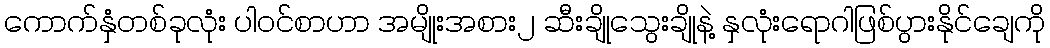
ကောက်နှံတစ်ခုလုံး ပါဝင်စာဟာ အမျိုးအစား၂ ဆီးချိုသွေးချိုနဲ့ နှလုံးရောဂါဖြစ်ပွားနိုင်ချေကို